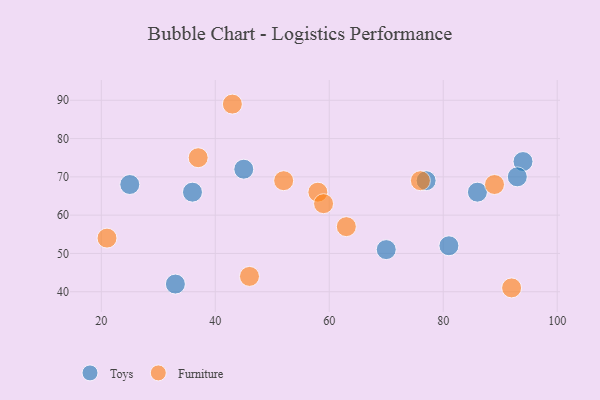
{"axis": {"x": "GDP", "y": "Life Expectancy"}, "legend": ["Furniture", "Toys"], "data": [{"x": "70", "y": 51, "type": "Toys"}, {"x": "36", "y": 66, "type": "Toys"}, {"x": "45", "y": 72, "type": "Toys"}, {"x": "77", "y": 69, "type": "Toys"}, {"x": "81", "y": 52, "type": "Toys"}, {"x": "94", "y": 74, "type": "Toys"}, {"x": "86", "y": 66, "type": "Toys"}, {"x": "25", "y": 68, "type": "Toys"}, {"x": "93", "y": 70, "type": "Toys"}, {"x": "33", "y": 42, "type": "Toys"}, {"x": "37", "y": 75, "type": "Furniture"}, {"x": "92", "y": 41, "type": "Furniture"}, {"x": "89", "y": 68, "type": "Furniture"}, {"x": "21", "y": 54, "type": "Furniture"}, {"x": "76", "y": 69, "type": "Furniture"}, {"x": "43", "y": 89, "type": "Furniture"}, {"x": "63", "y": 57, "type": "Furniture"}, {"x": "52", "y": 69, "type": "Furniture"}, {"x": "58", "y": 66, "type": "Furniture"}, {"x": "46", "y": 44, "type": "Furniture"}, {"x": "59", "y": 63, "type": "Furniture"}]}